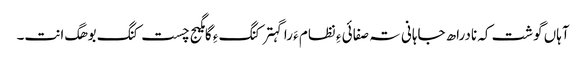
آہاں گوشت کہ نادراھ جاہانی تہ صفائی ءِ نظام ءَ را گہتر کنگ ءِ گامگیج چست کنگ بوھگ انت۔